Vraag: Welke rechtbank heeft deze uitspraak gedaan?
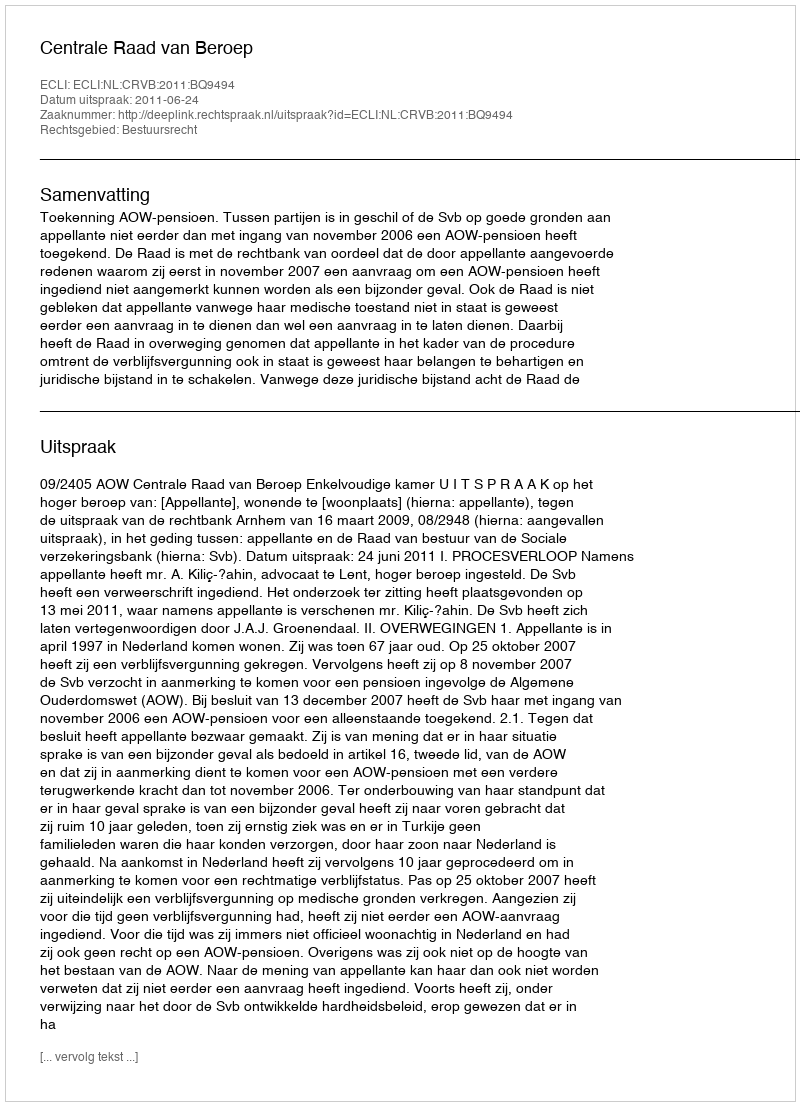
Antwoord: Centrale Raad van Beroep